Report of the Hyderabad Chloroform Commission
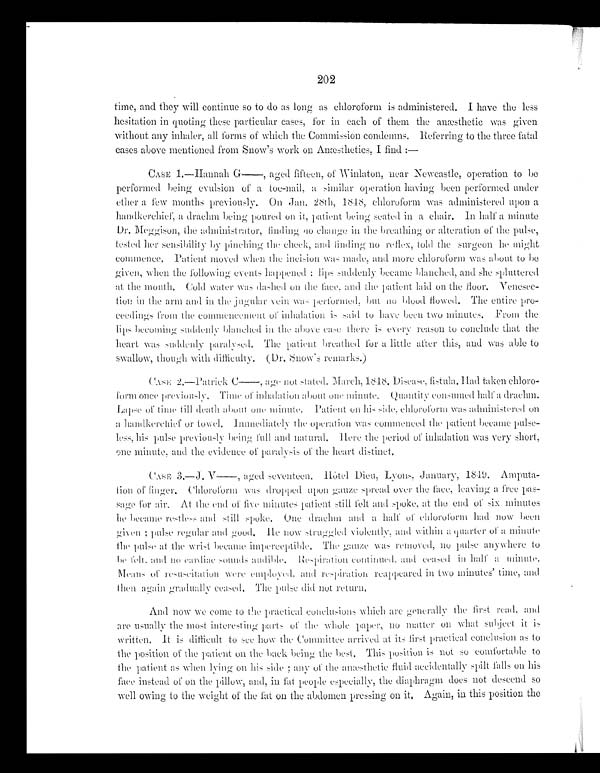
202
time, and they will continue so to do as long as chloroform is administered. I have the less
hesitation in quoting these particular cases, for in each of them the anæsthetic was given
without any inhaler, all forms of which the Commission condemns. Referring to the three fatal
cases above mentioned from Snow’s work on Anæsthetics, I find :—
CASE 1.—Hannah G—, aged fifteen, of Winlaton, near Newcastle, operation to be
performed being evulsion of a toe–nail, a similar operation having been performed under
ether a few months previously. On Jan, 28th, 1848, chloroform was administered upon a
handkerchief, a drachm being poured on it, patient being seated in a chair. In half a minute
Dr. Meggison, the administrator, finding no change in the breathing or alteration of the pulse,
tested her sensibility by pinching the cheek, and finding no reflex, told the surgeon he might
commence. Patient moved when the incision was made, and more chloro form was about to be
given, when the following events happened : lips suddenly became blanched, and she spluttered
at the mouth, Cold water was dashed on the face, and the patient laid on the floor.
V e n e s e e – t i o n
i n t h e a r m a n d
i n
t h e j u g u l a r
v e i n
w a s p e r f o r m e d , b u t n o
blood flowed, The entire pro-
ceedings from the commencement of inhalation is said to have been two minutes. From the
lips becoming suddenly blanched in the above case there is every reason to conclude that the
heart was suddenly paralysed. The patient breathed for a little after this, and was able to
swallow, though with difficulty. (Dr. Snow’s remarks.)
CASE 2.—Patrick C—,age not stated. March, 1848. Disease, fistula. Had taken chloro
–
form once previously. Time of inhalation about one minute. Qucantity consumed half a drachm.
Lapse of time till death about one minute. Patient on his side, chloroform was administered on
a handkerchief or towel. Immediately the operation was commenced the patient became pulse
– l e s s , h i s p u l s e p r e v i o u s l y b e i n g f u l l a n d n a t u r a l . He
r e t h e p e r i o do
f i n h a l a t i o n w a s v e r y s h o r t ,
one minute, and the evidence of paralysis of the heart distinct.
CASE 3.—J. V—, aged seventeen. Hôtel D i e u , L y o n s , J a n u a r y , 1 8 4 9 .Amputa
–
tion of finger. Chloroform was dropped upon gauze spread over the face, leaving a free pas
— s a g e f o r
a i r .
A t
t h e
e n d o f f i v e m i n u t e s
p a t i e n t s t i l l f e l t a n d
s p o k e , a t t h e e n d o f s i x m i n u t e s
he became restless and still spoke. One drachm and a half of chloroform had now been
given; pulse regular and good. _He now struggled violently, and within a quarter of a minute
the pulse at the wrist became imperceptible. The gauze was removed, no pulse any where to
be felt, and no cardiac sounds audible, Respiration continued,
and ceased in half a minute.
Means of resuscitation were employed, and respiration reappeared in two minutes’ time, and
then again gradually ceased. The pulse did not return.
And now we come to the practical conclusion which are generally the first read, and
are usually the most interesting parts of the whole paper, no matter on what subject it is
written. It is difficult to see how the Committee arrived at its first practical conclusion as to
the position of the patient on the back being the best. This position is not
so com fortable to
the patient as when l yi ng on hi s si de; any of t he anæst het i c fl ui d acci dent al l y spi l t fal l s on hi s
face instead of on the pillow, and, in fat people especially, the diaphragm does not descend so
well owing to the weight of the fat on the abdomen pressing on it, Again, in this position the